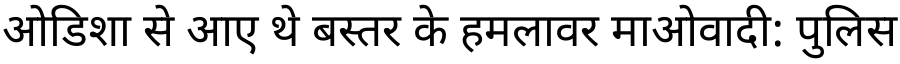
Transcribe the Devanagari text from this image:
ओडिशा से आए थे बस्तर के हमलावर माओवादी: पुलिस